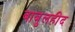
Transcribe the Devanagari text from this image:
बाबुलहीद